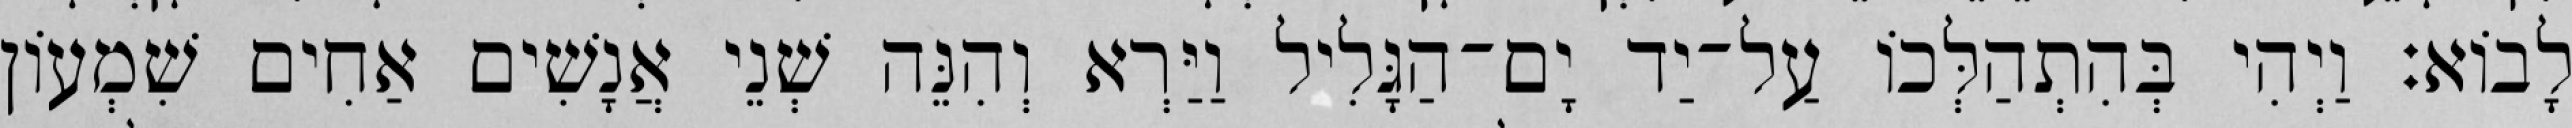
לָבוֹא׃ וַיְהִי בְּהִתְהַלְּכוֹ עַל־יַד יָם־הַגָּלִיל וַיַּרְא וְהִנֵּה שְׁנֵי אֲנָשִׁים אַחִים שִׁמְעוֹן